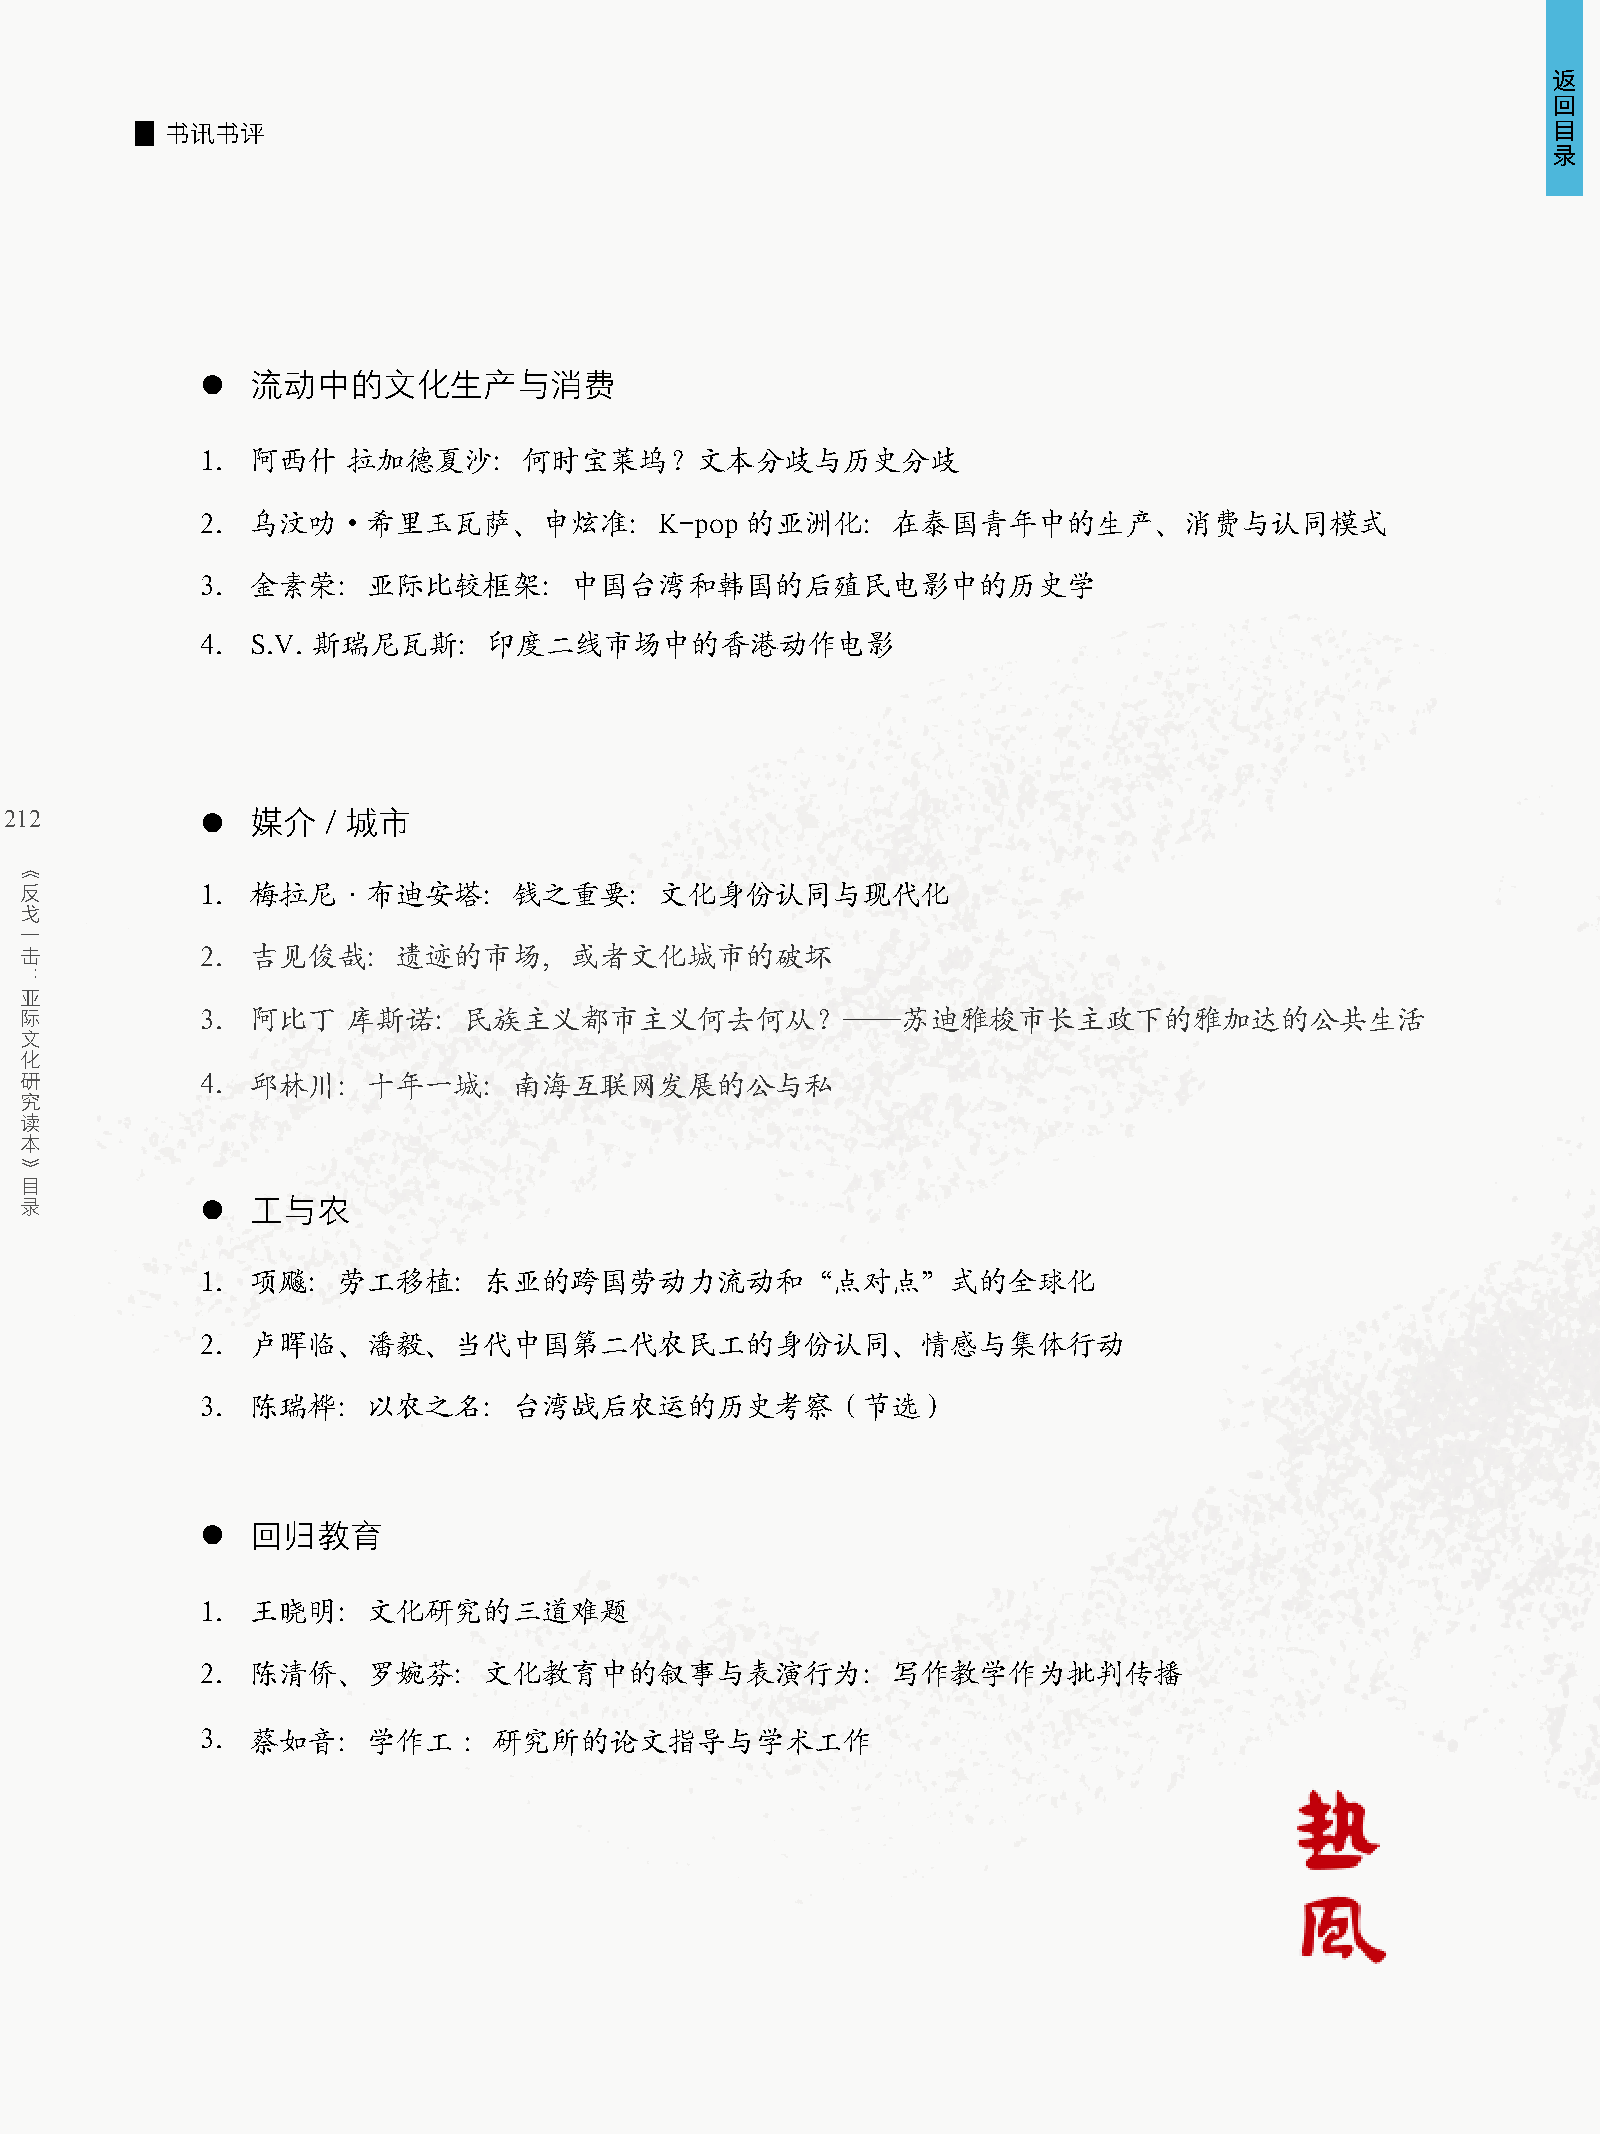
返
 回
 目
 书讯书评
 录
 l   流动中的文化生产与消费
 1.  阿西什   拉加德夏沙：何时宝莱坞？文本分歧与历史分歧
 2.  乌汶叻·希里玉瓦萨、申炫准：K-pop             的亚洲化：在泰国青年中的生产、消费与认同模式
 3.  金素荣：亚际比较框架：中国台湾和韩国的后殖民电影中的历史学
 4.  S.V. 斯瑞尼瓦斯：印度二线市场中的香港动作电影
 212          l   媒介   / 城市
 《
 反           1.  梅拉尼·布迪安塔：钱之重要：文化身份认同与现代化
 戈
 一
 击           2.  吉见俊哉：遗迹的市场，或者文化城市的破坏
 ：
 亚
 际           3.  阿比丁   库斯诺：民族主义都市主义何去何从？——苏迪雅梭市长主政下的雅加达的公共生活
 文
 化
 研           4.  邱林川：十年一城：南海互联网发展的公与私
 究
 读
 本
 》
 目
 录           l   工与农
 1.  项飚：劳工移植：东亚的跨国劳动力流动和“点对点”式的全球化
 2.  卢晖临、潘毅、当代中国第二代农民工的身份认同、情感与集体行动
 3.  陈瑞桦：以农之名：台湾战后农运的历史考察（节选）
 l   回归教育
 1.  王晓明：文化研究的三道难题
 2.  陈清侨、罗婉芬：文化教育中的叙事与表演行为：写作教学作为批判传播
 3.  蔡如音：学作工       ：研究所的论文指导与学术工作